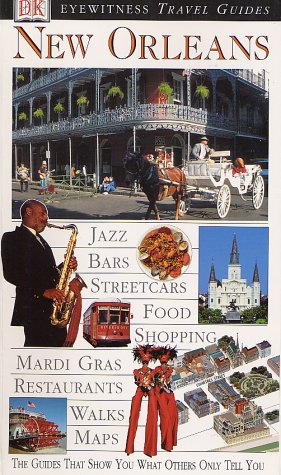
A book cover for Eyewitness Travel Guide to New Orleans (Eyewitness Travel Guides); Marilyn Wood; Travel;